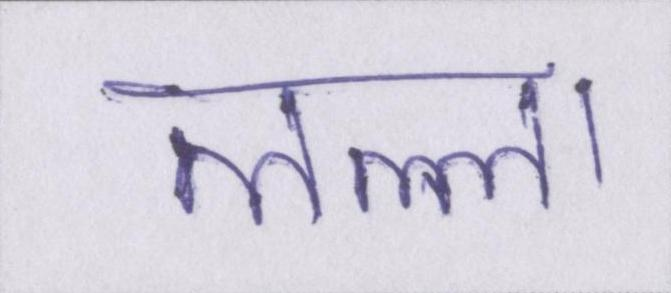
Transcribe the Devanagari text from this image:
लल्ला